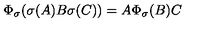
\Phi _ { \sigma } ( \sigma ( A ) B \sigma ( C ) ) = A \Phi _ { \sigma } ( B ) C